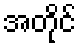
အတိုင်